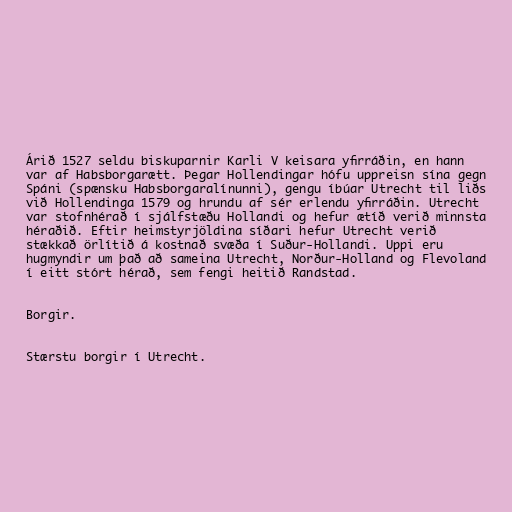
Árið 1527 seldu biskuparnir Karli V keisara yfirráðin, en hann
var af Habsborgarætt. Þegar Hollendingar hófu uppreisn sína gegn
Spáni (spænsku Habsborgaralínunni), gengu íbúar Utrecht til liðs
við Hollendinga 1579 og hrundu af sér erlendu yfirráðin. Utrecht
var stofnhérað í sjálfstæðu Hollandi og hefur ætíð verið minnsta
héraðið. Eftir heimstyrjöldina síðari hefur Utrecht verið
stækkað örlítið á kostnað svæða í Suður-Hollandi. Uppi eru
hugmyndir um það að sameina Utrecht, Norður-Holland og Flevoland
í eitt stórt hérað, sem fengi heitið Randstad.

Borgir.

Stærstu borgir í Utrecht.